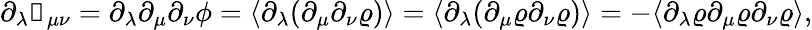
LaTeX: \begin{array}{r}{\partial_{\lambda}\mathbb{g}_{\mu\nu}=\partial_{\lambda}\partial_{\mu}\partial_{\nu}\phi=\langle\partial_{\lambda}(\partial_{\mu}\partial_{\nu}\varrho)\rangle=\langle\partial_{\lambda}(\partial_{\mu}\varrho\partial_{\nu}\varrho)\rangle=-\langle\partial_{\lambda}\varrho\partial_{\mu}\varrho\partial_{\nu}\varrho\rangle,}\end{array}